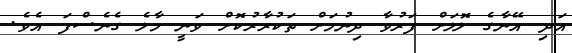
އަދި އޭނާގެ ލޮލަށް ފަރުވާ ދިނުމަށް ތަކުރާރުކޮށް ވަނީ މާލެ ގެނެސްފަ އެވެ.